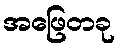
အဖြေတခု